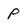
Character: P